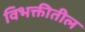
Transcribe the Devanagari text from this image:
विभक्तीतील